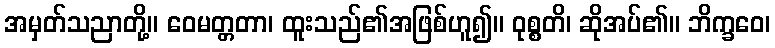
အမှတ်သညာတို့။ ဝေမတ္တတာ၊ ထူးသည်၏အဖြစ်ဟူ၍။ ဝုစ္စတိ၊ ဆိုအပ်၏။ ဘိက္ခဝေ၊